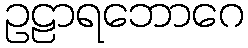
ဥဠာရဘောဂေ